Vabadussoja_Ajaloo_Komitee, lk 46
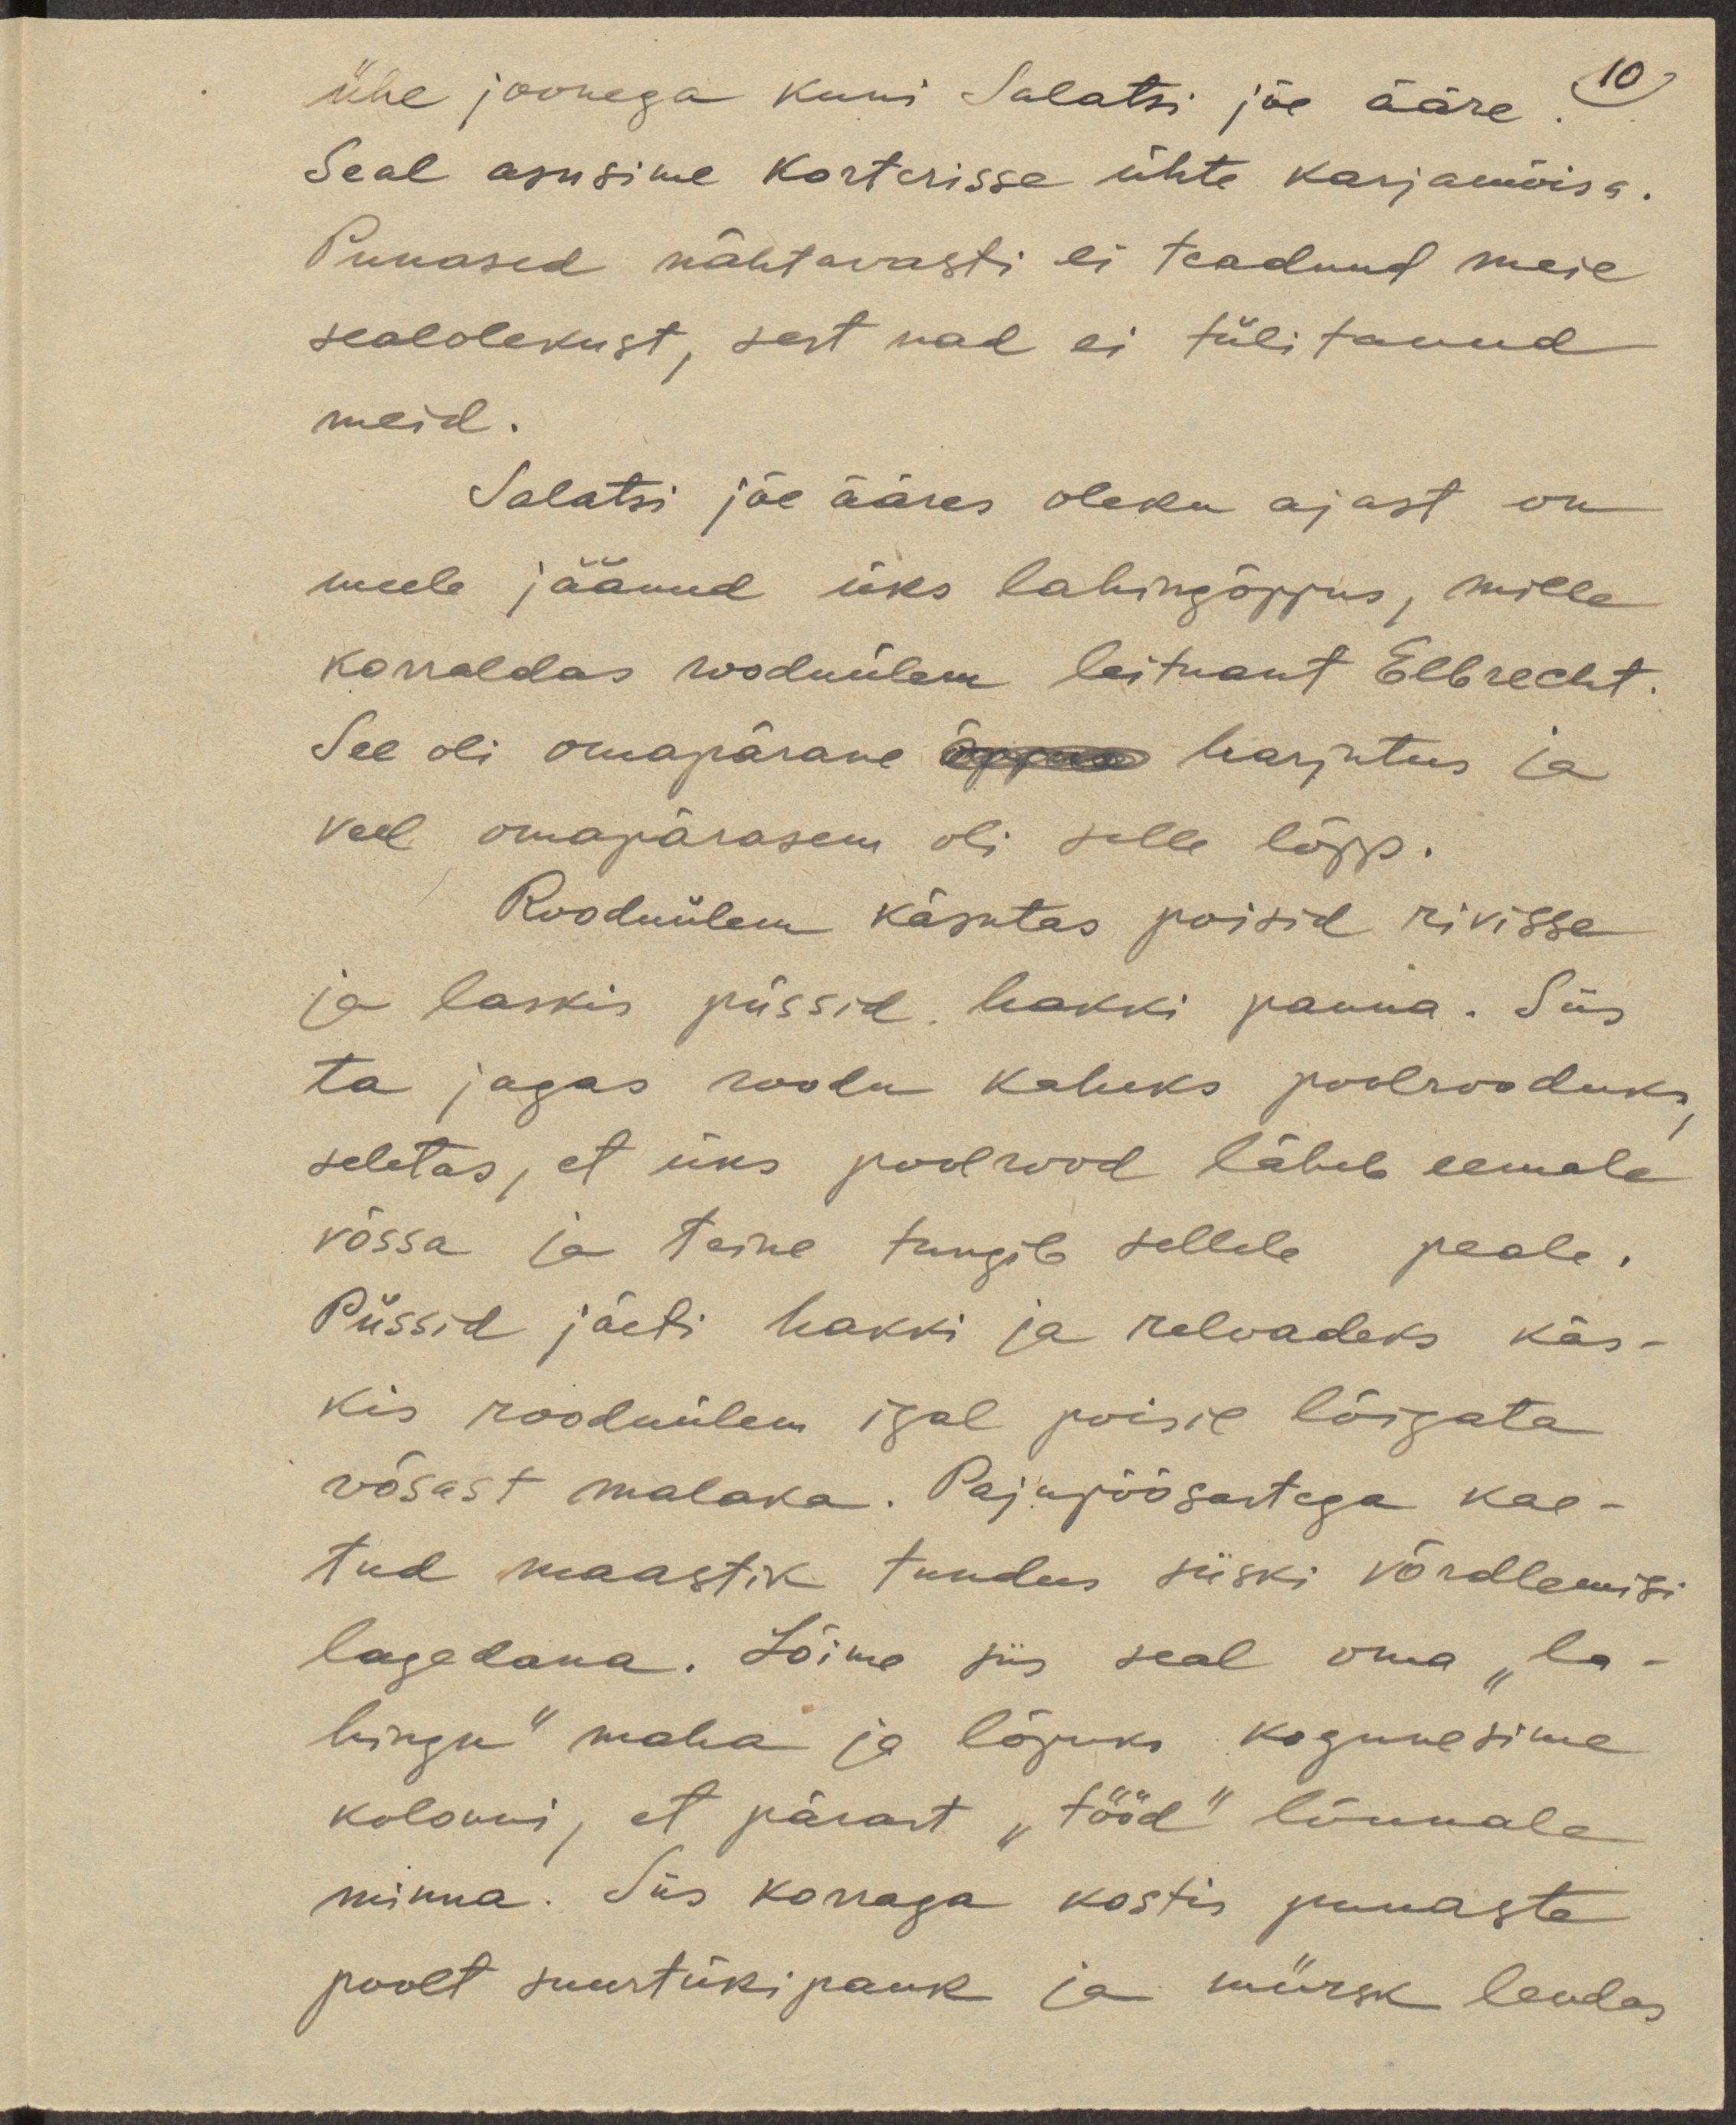
10
ühe joonega kuni Salasti jõe ääre.
Seal asusime korterisse ühte karjamõisa.
Punased nähtavasti ei teadnud meie
sealolekust, sest nad ei tülitanud
meid.
Salatsi jõe ääres oleku ajast on
meele jäänud üks lahingõppus, mille
korraldas rooduülem leitnant Elbrecht.
See oli omapärane harjutus ja
veel omapärasem oli selle lõpp.
Rooduülem käsutas poisid rivisse
ja laskis püssid hakki panna. Siis
ta jagas roodu kaheks poolrooduks,
seletas, et üks poolrood läheb eemale
võssa ja teine tungib sellele peale.
Püssid jäeti hakki ja relvadeks käs-
kis rooduülem igal poisil lõigata
võsast malaka. Pajupõõsastega kan-
tud maastik tundus siiski võrdlemisi
lagedana. Lõime siis seal oma "la-
hingu" maha ja lõpuks kogunesime
kolonni, et pärast "tööd" lõunale
minna. Siis korraga kostis punaste
poolt suurtükipauk ja mürsk lendas